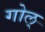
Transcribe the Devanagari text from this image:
गोल्